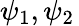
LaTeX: \psi_{1},\psi_{2}\,